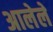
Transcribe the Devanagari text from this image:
अालेले